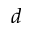
d